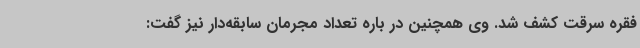
فقره سرقت کشف شد. وی همچنین در باره تعداد مجرمان سابقه‌دار نیز گفت: